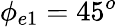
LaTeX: \phi_{e1}=45^{o}